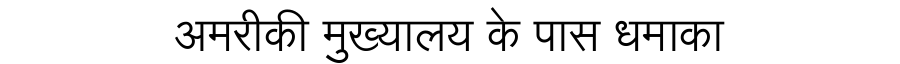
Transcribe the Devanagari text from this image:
अमरीकी मुख्यालय के पास धमाका